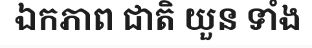
ឯកភាព ជាតិ យួន ទាំង